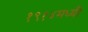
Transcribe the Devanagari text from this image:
१९१४मध्यी